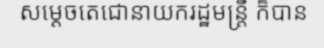
សម្តេចតេជោនាយករដ្ឋមន្ត្រី ក៏បាន